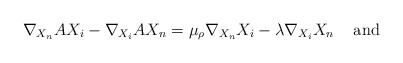
LaTeX: \begin{align*}\nabla_{X_{n}}AX_{i}- \nabla_{X_{i}}AX_{n}=\mu_{\rho}\nabla_{X_{n}}X_{i}- \lambda\nabla_{X_{i}}X_{n}\;\;\;\textrm{ and }\;\;\;\end{align*}